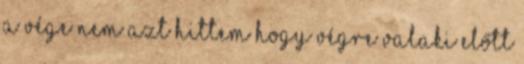
a vége nem azt hittem hogy végre valaki előtt